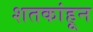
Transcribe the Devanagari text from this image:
शतकांहून